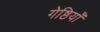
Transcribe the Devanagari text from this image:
गेष्ठियाँ